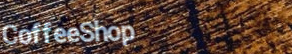
CoffeeShop